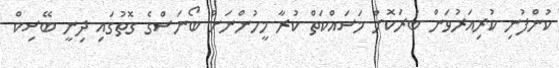
ކުންފުނި ކުރިއަރުވަން ބުރަކޮށް މަސައްކަތް ކުރާ މީހުންނަށް ބޯނަސްގެ ގޮތުގައި ދިނީ ބޭސިކް